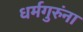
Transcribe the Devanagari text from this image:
धर्मगुरुंना